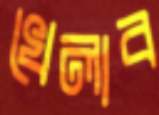
খেলাব